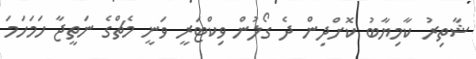
ޝާތިރު ކާމިޔާބު ކޮށްދިން ދެ ގޯލުން ވިކްޓަރީ ވަނީ މެޗްގެ ނަތީޖާ ހަމަހަމަ